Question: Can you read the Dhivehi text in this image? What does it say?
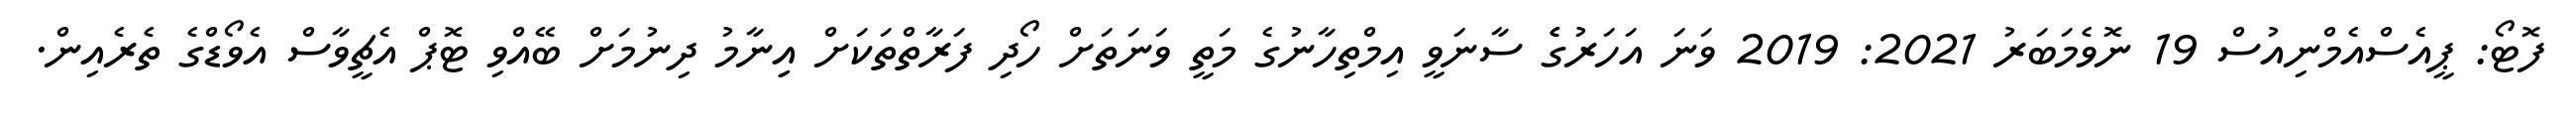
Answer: ފޮޓޯ: ޕީއެސްއެމްނިއުސް 19 ނޮވެމަބަރު 2021: 2019 ވަނަ އަހަރުގެެ ސާނަވީ އިމްތިހާނުގެ މަތީ ވަނަތަށް ހޯދި ފަރާތްތަކަށް އިިނާމު ދިނުމަށް ބޭއްވި ޓޮޕް އެޗީވާސް އެވޯޑްގެ ތެރެއިން.